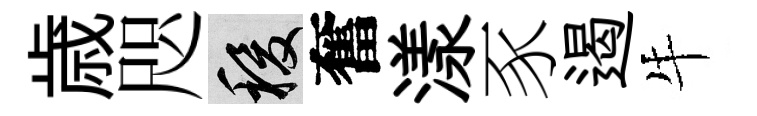
歳咫稷奮漾豕遏牛